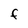
Character: F